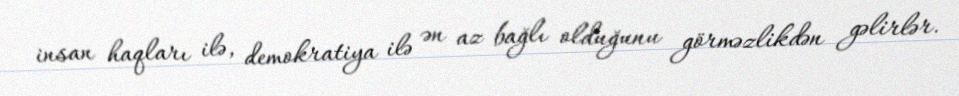
insan haqları ilə, demokratiya ilə ən az bağlı olduğunu görməzlikdən gəlirlər.